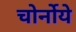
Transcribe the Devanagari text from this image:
चोर्नोये